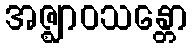
အဇ္ဈာဝသန္တော